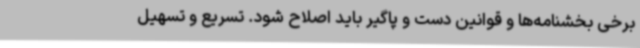
برخی بخشنامه‌ها و قوانین دست و پاگیر باید اصلاح شود. تسریع و تسهیل